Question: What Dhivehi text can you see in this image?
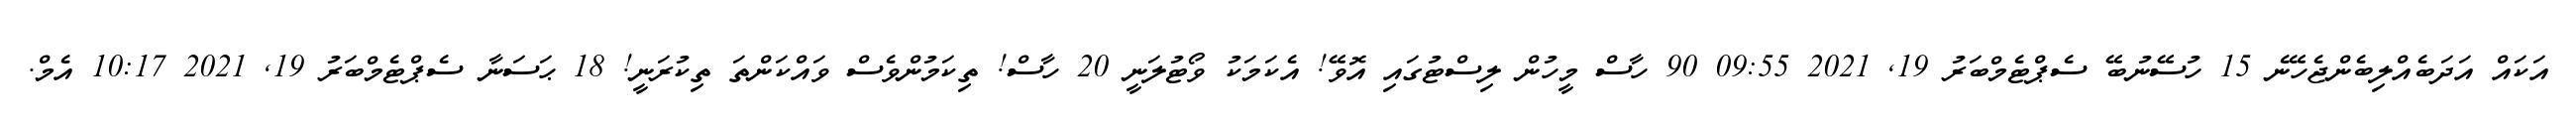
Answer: އަކައް އަދަބެއްލިބެންޖެހޭނެ 15 ހުސޭނުބޭ ސެޕްޓެމްބަރު 19, 2021 09:55 90 ހާސް މީހުން ލިސްޓުގައި އޮވޭ! އެކަމަކު ވޯޓުލަނީ 20 ހާސް! ތިކަމުންވެސް ވައްކަންތަ ތިކުރަނީ! 18 ޙަސަނާ ސެޕްޓެމްބަރު 19, 2021 10:17 އެމް.